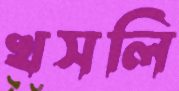
খসলি